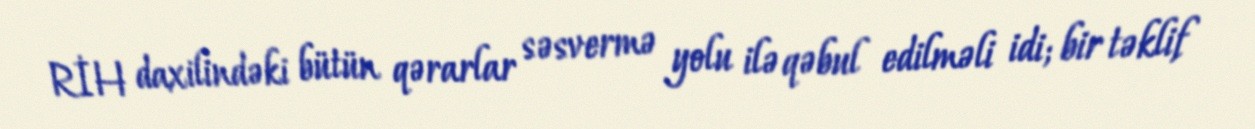
RİH daxilindəki bütün qərarlar səsvermə yolu ilə qəbul edilməli idi; bir təklif